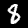
Digit: 8